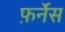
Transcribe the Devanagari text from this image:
फ़र्नेस